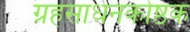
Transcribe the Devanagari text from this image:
ग्रहसाधनकोष्ठक